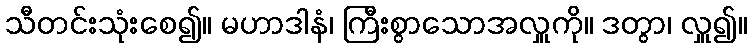
သီတင်းသုံးစေ၍။ မဟာဒါနံ၊ ကြီးစွာသောအလှူကို။ ဒတွာ၊ လှူ၍။